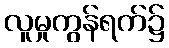
လူမှုကွန်ရက်၌